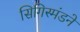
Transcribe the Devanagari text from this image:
सिगिस्मंडने